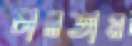
চালতাম